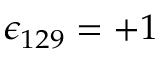
\epsilon _ { 1 2 9 } = + 1